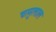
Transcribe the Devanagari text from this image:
चामुलाल